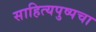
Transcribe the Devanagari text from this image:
साहित्यपुष्पचा